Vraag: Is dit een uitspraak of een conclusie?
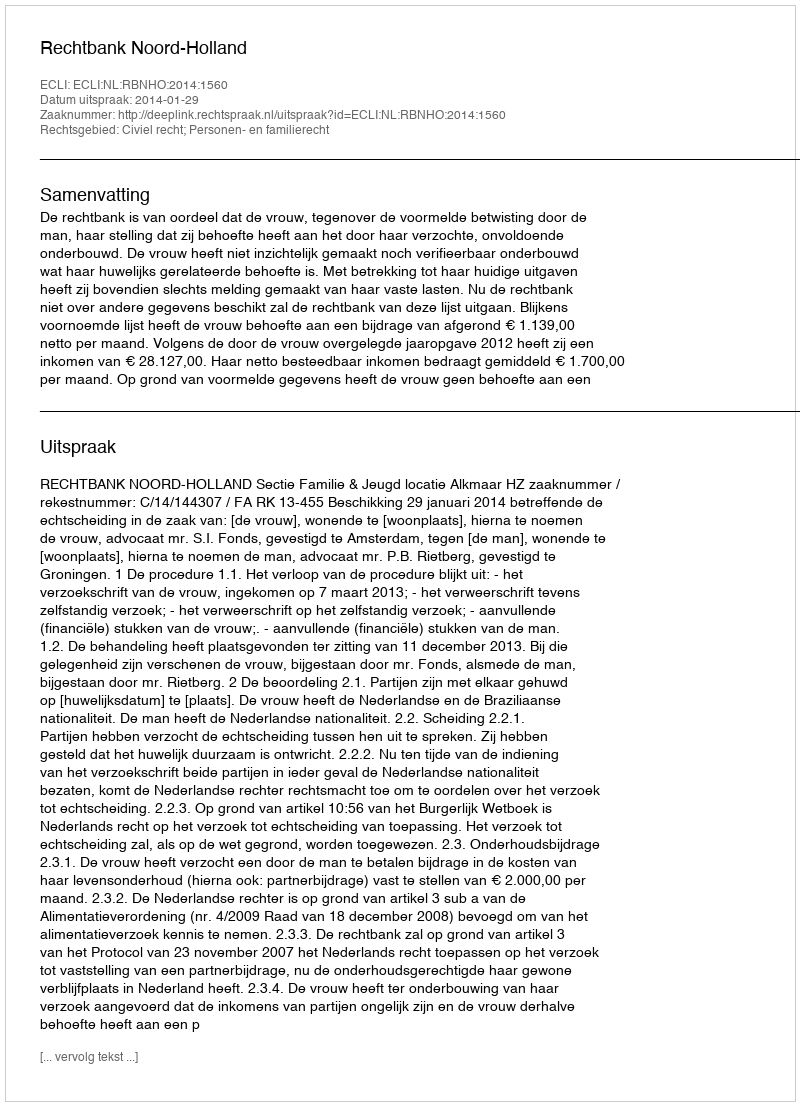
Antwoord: Uitspraak